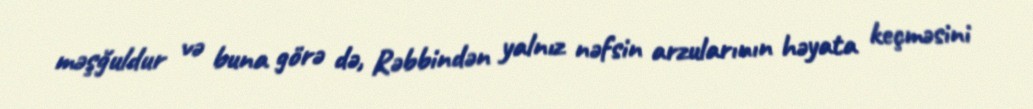
məşğuldur və buna görə də, Rəbbindən yalnız nəfsin arzularının həyata keçməsini